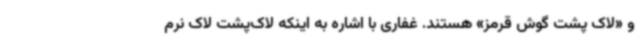
و «لاک پشت گوش قرمز» هستند. غفاری با اشاره به اینکه لاک‌پشت لاک نرم